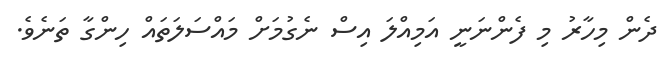
ދެން މިހާރު މި ފެންނަނީ އަމިއްލަ އިސް ނެގުމަށް މައްސަލަތައް ހިންގާ ތަނެވެ.